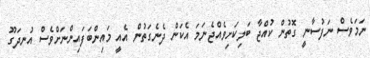
ނަމަވެސް ނަފުސާނީ ގޮތުން ކުއްޖާ ބަލިކަށިވެއްޖެނަމަ އެކަން ދެނެގަތުން އެއީ މައިންބަފައިންނަށްވެސް އުނދަގޫ